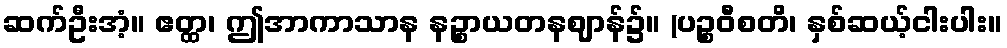
ဆက်ဦးအံ့။ ဧတ္ထ၊ ဤအာကာသာန နဉ္စာယတနဈာန်၌။ (ပဉ္စဝီစတိ၊ နှစ်ဆယ့်ငါးပါး။